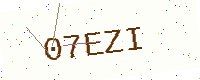
Text: 07EZI